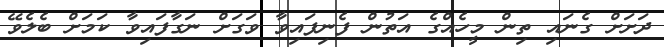
ދަށަށް ގެނައި ތިން މީހެއްގެ އަތުން ފެނިފައިވާ ވަގަށް ނަގާފައިވާ ކަމަށް ބެލެވޭ